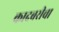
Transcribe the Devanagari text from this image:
कादबरीचा